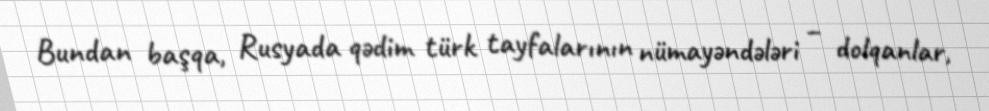
Bundan başqa, Rusyada qədim türk tayfalarının nümayəndələri – dolqanlar,